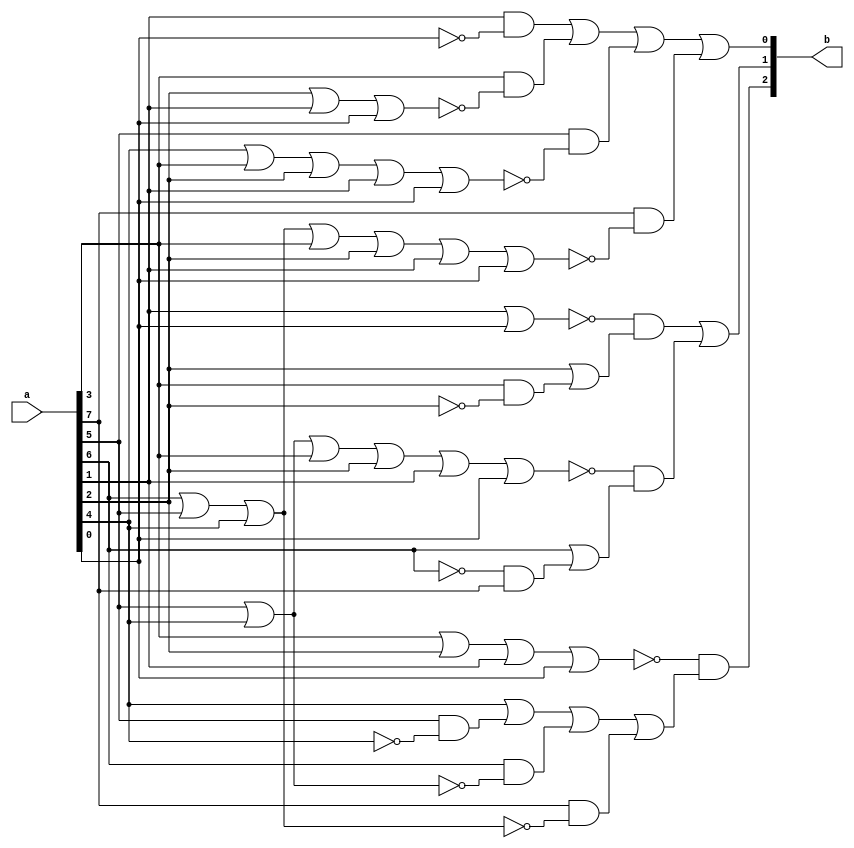
module priority_encoder(a,b);

    input[7:0] a;
    output wire [2:0] b;

    // Combinational priority encoder logic using SOP and reduction
    assign b[0] = (a[1] & ~a[0]) | (a[3] & ~(a[2] | a[1] | a[0])) 
                                 | (a[5] & ~(a[4] | a[3] | a[2] | a[1] | a[0])) 
                                 | (a[7] & ~(a[6] | a[5] | a[4] | a[3] | a[2] | a[1] | a[0]));

    assign b[1] = (~(a[1] | a[0]) & (a[2] | (a[3] & ~a[2]))) | (~(a[5] | a[4] | a[3] | a[2] | a[1] | a[0]) & (a[6] | (~a[6] & a[7])));

    assign b[2] = ~(a[3] | a[2] | a[1] | a[0]) & (a[4] | (a[5] & ~a[4]) | (a[6] & ~(a[5] | a[4])) | (a[7] & ~(a[6] | a[5] | a[4])));
    
endmodule